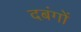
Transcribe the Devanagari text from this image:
दबंगों